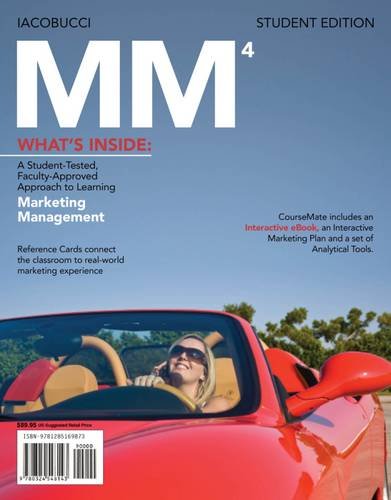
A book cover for MM 4 (with CourseMate Printed Access Card) (New, Engaging Titles from 4LTR Press); Dawn Iacobucci; Business & Money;